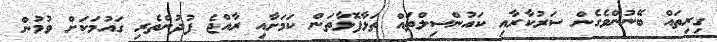
ގިރިތައް ބޭނުންވެގެން ސަރުކާރާއި ކައުންސިލްތައް ތަޅާފޮޅާތަން ކަމަށާއި ރާއްޖެ ފުދުންތެރި ގައުމަކަށް ވުމުން